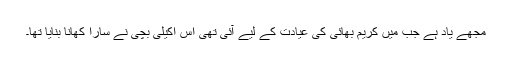
مجھے یاد ہے جب میں کریم بھائی کی عیادت کے لیے آئی تھی اس اکیلی بچی نے سارا کھانا بنایا تھا۔